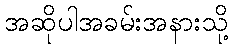
အဆိုပါအခမ်းအနားသို့